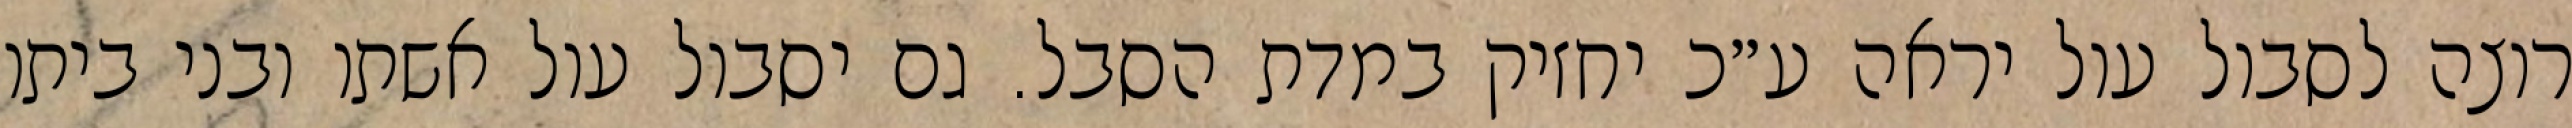
רוצה לסבול עול יראה ע״כ יחזיק במדת הסבל. גם יסבול עול אשתו ובני ביתו